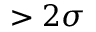
> 2 \sigma